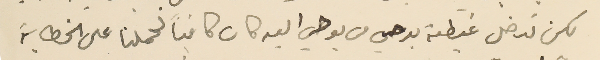
لكن تدخل غبطته بوحي من يوحي اليه كان كافياً لحملنا على الخطابة